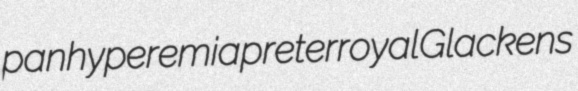
panhyperemia preterroyal Glackens